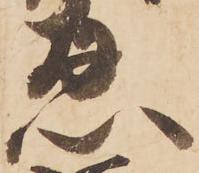
忍